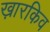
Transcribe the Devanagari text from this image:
ख़ारकिव